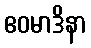
ဧဝမာဒိနာ